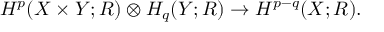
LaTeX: H ^ { p } ( X \times Y ; R ) \otimes H _ { q } ( Y ; R ) \rightarrow H ^ { p - q } ( X ; R ) .